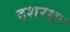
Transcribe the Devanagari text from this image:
दशरथः